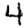
Digit: 4